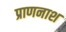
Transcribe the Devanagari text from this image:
प्राणनाश